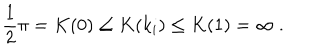
\frac { 1 } { 2 } \pi = K ( 0 ) \le K ( k _ { i } ) \le K ( 1 ) = \infty ~ .